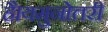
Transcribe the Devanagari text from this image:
है।यमुनोत्तरी